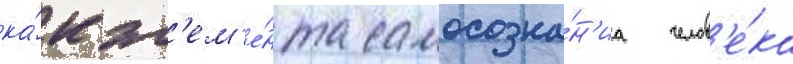
ка́к эл'ем'е́нта самосозна́н'иа челов'е́ка